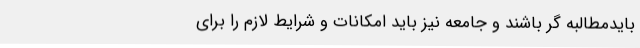
بایدمطالبه گر باشند و جامعه نیز باید امکانات و شرایط لازم را برای